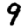
Digit: 9